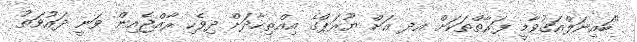
"ބައިނަލްއަގުވާމީ ފަރާތްތަކަށް އދ އަށް ޔޫރަޕްގެ އިއްތިހާދަށް ދިވެހި ރާއްޖެއިން ވަނީ ދައުވަތު